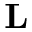
\textbf { L }